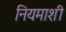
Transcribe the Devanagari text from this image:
नियमाशी